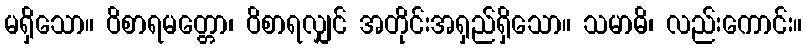
မရှိသော။ ဝိစာရမတ္တော၊ ဝိစာရလျှင် အတိုင်းအရှည်ရှိသော။ သမာဓိ၊ လည်းကောင်း။